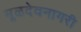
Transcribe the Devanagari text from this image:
मूळदेवनागरी